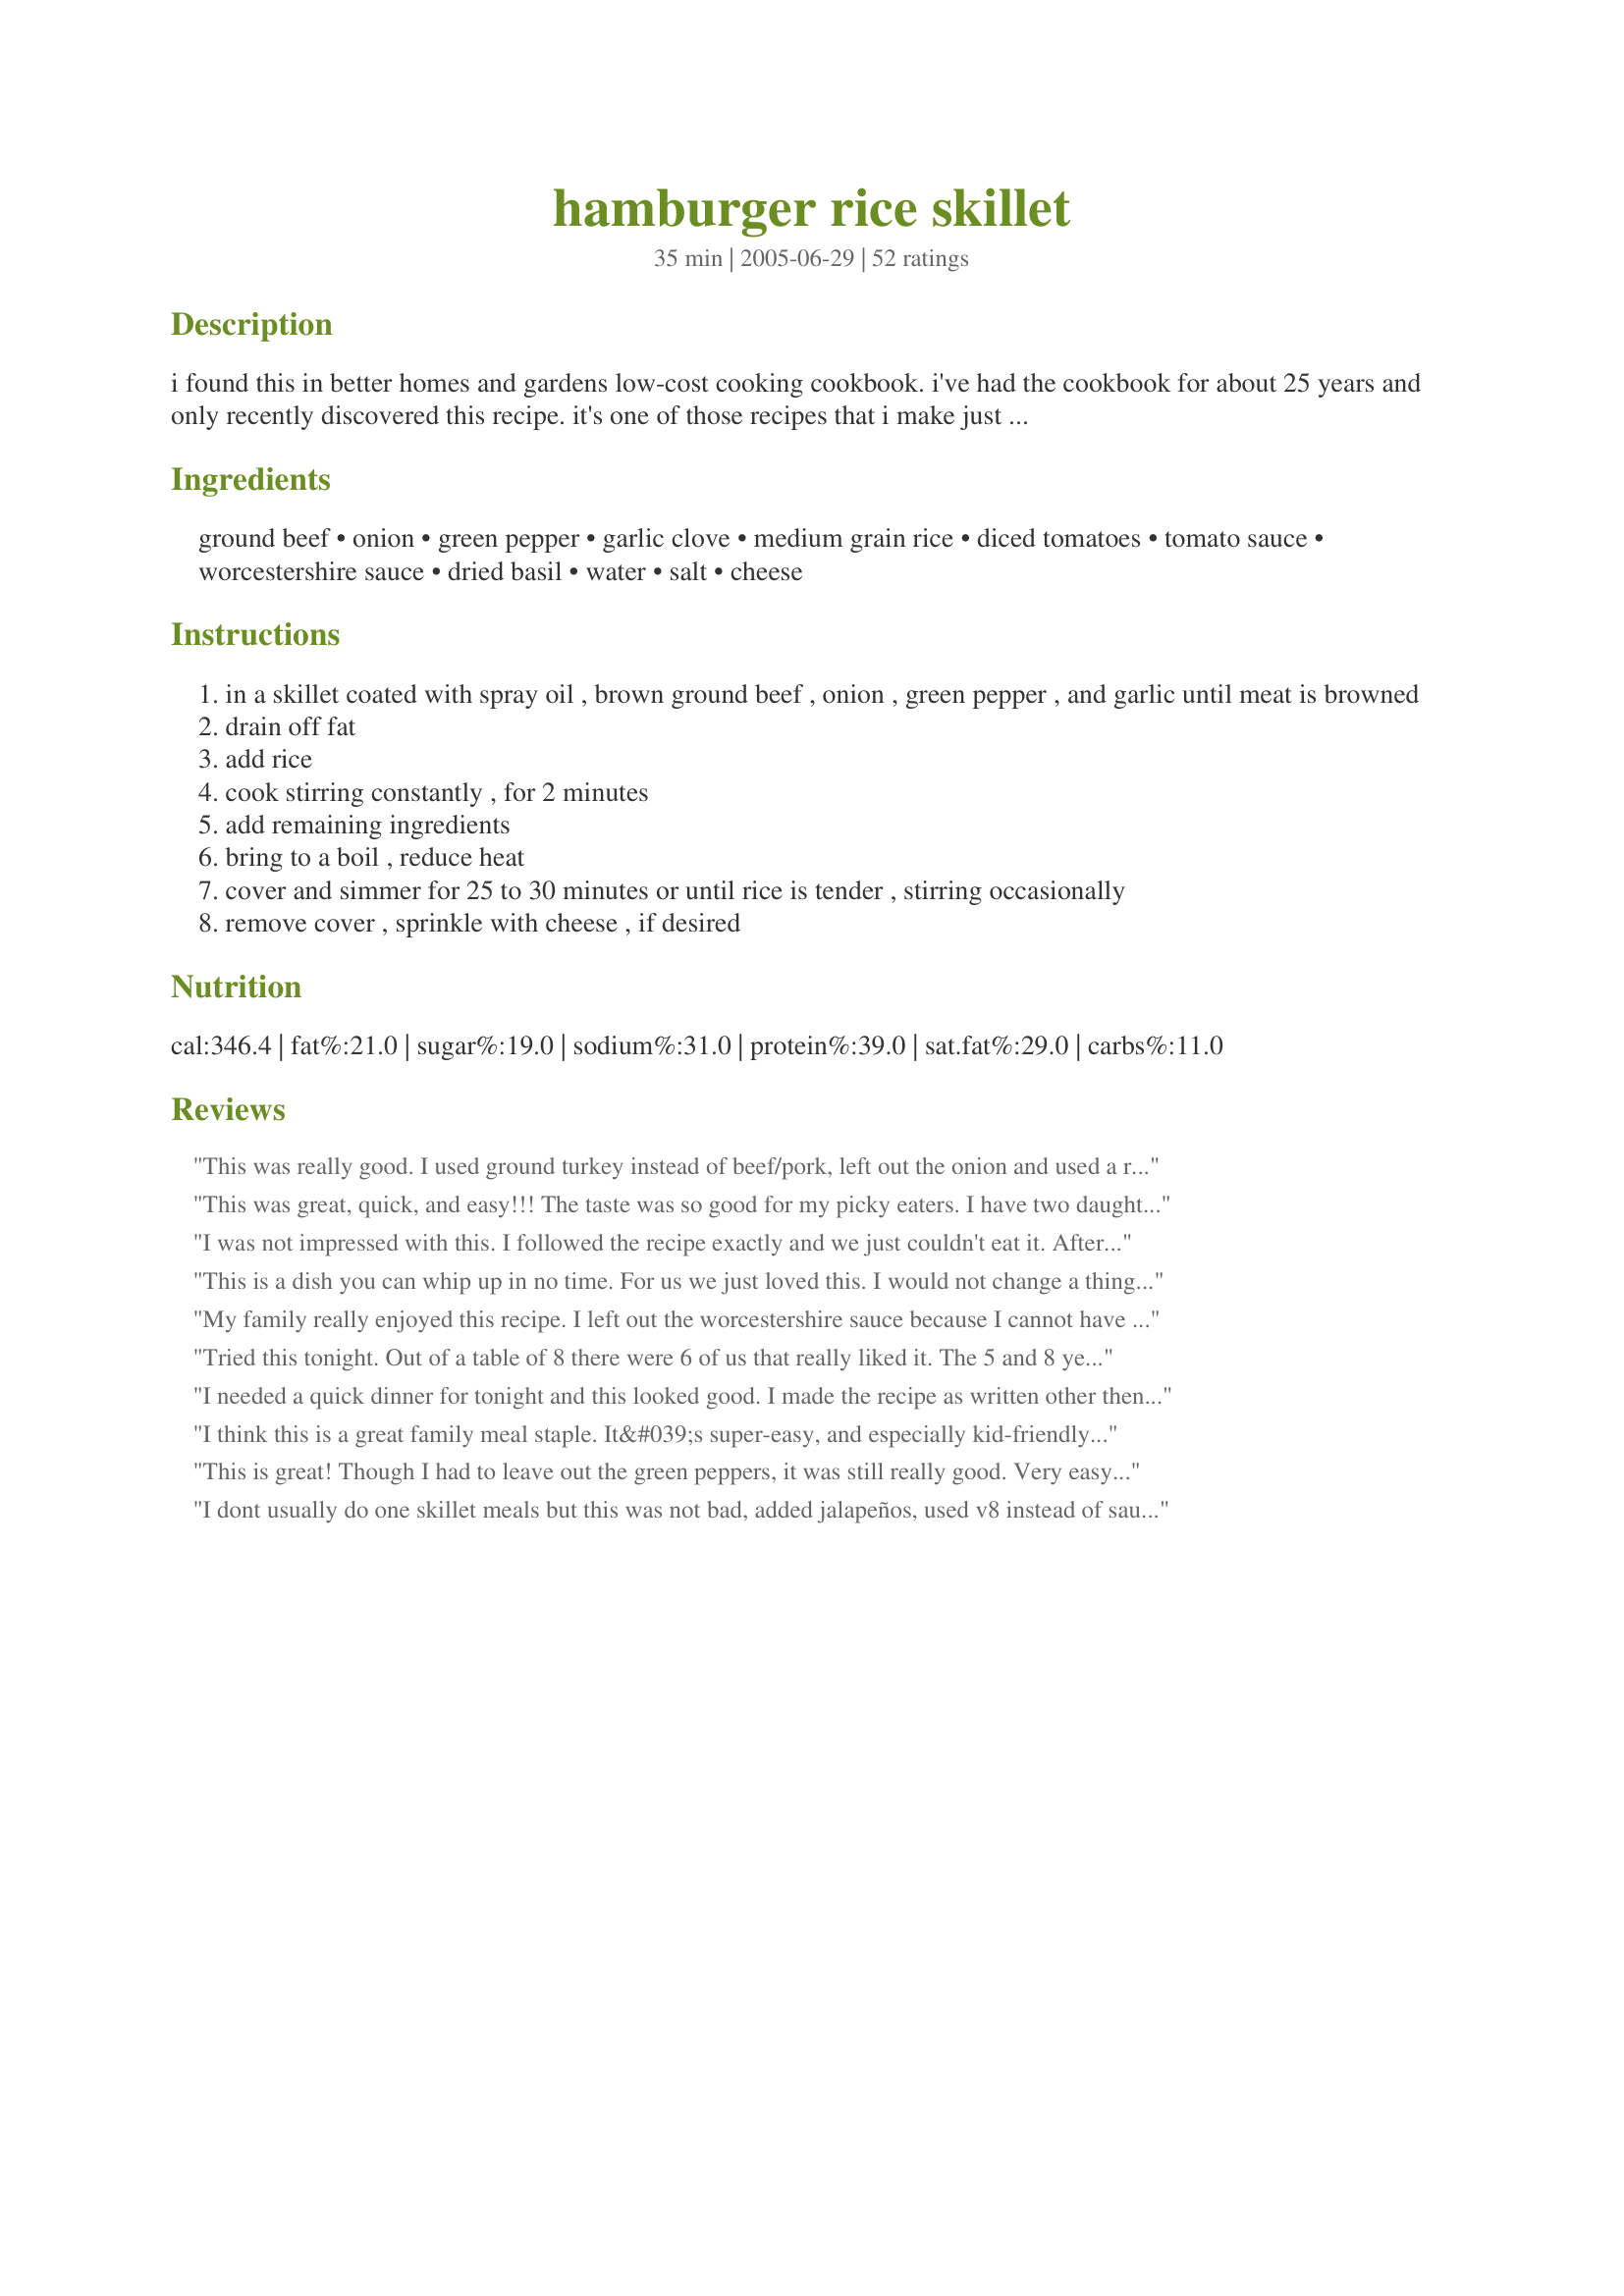
hamburger rice skillet
Preparation time: 35 minutes

i found this in better homes and gardens low-cost cooking cookbook. i've had the cookbook for about 25 years and only recently discovered this recipe. it's one of those recipes that i make just about anytime because i always have the ingredients on hand and my family (especially my youngest son) loves it!

Ingredients:
ground beef, onion, green pepper, garlic clove, medium grain rice, diced tomatoes, tomato sauce, worcestershire sauce, dried basil, water, salt, cheese

Steps:
in a skillet coated with spray oil , brown ground beef , onion , green pepper , and garlic until meat is browned
drain off fat
add rice
cook stirring constantly , for 2 minutes
add remaining ingredients
bring to a boil , reduce heat
cover and simmer for 25 to 30 minutes or until rice is tender , stirring occasionally
remove cover , sprinkle with cheese , if desired

Reviews:
This was really good. I used ground turkey instead of beef/pork, left out the onion and used a red instead of a green pepper. I also added some carrots and broccoli. It was so easy to make and my boyfriend really liked it, which is no mean feat! I did think that it needed more flavour at the end, so I added a chicken boullion cube and some soy sauce, but I still think it needed a bit more depth to the flavour. However, this may have been because I used the turkey mince. I am definately going to try this again.
This was great, quick, and easy!!! The taste was so good for my picky eaters. I have two daughters who are 17 and 14 years old and they were amazed how well this turned out. My 8 and 2 year old sons were equally impressed. My husband and myself were excited and pleased with the dish. He was so grateful that I found this website by accident. This site has the most wonderful recipes. Thanks for a new family dish. I used red bell peppers instead of green, I just wanted to add color.
I was not impressed with this. I followed the recipe exactly and we just couldn't eat it. After all the good reviews I was disappointed. We ended up throwing it away. Sorry!
This is a dish you can whip up in no time. For us we just loved this. I would not change a thing. Thanks for posting this dish for us to try.
My family really enjoyed this recipe. I left out the worcestershire sauce because I cannot have anything with Gluten in it and we do not eat anything with Corn Syrup.
This was very tasty. We added a bit more salt to it at the table, but otherwise it was a great dish. Much better than Rice a roni or Hamburger Helper!!
Tried this tonight. Out of a table of 8 there were 6 of us that really liked it. The 5 and 8 year old are frustratingly picky so no surprise there. The surprise was that I liked it as much as I did. I chose to take even more of a short cut and used a 26oz jar of chunky garden spaghetti sauce instead of the other tomatoe cans. Also used minced dehydrated onions rehydrated to a1/2cup, and about a1/2 of a green pepper finely chopped. Thanks for this quick and easy alternative to Helper dinner which I detest. Really Good.
I needed a quick dinner for tonight and this looked good. I made the recipe as written other then I diced my onions up and used beef broth instead of water for a better flavor. I also only added 1/2 teaspoon of salt as one teaspoon seemed like a lot to me. I used brown minute rice as that is all I buy. I topped with cheddar cheese and served. This was a quick and easy dinner to make.
I think this is a great family meal staple. It&#039;s super-easy, and especially kid-friendly. I thought the flavor was extremely pleasing, although not really &quot;gourmet.&quot; It&#039;s more like comfort food. I felt SOOO good eating it. Some things that I think add extra flavor are: most people when they &quot;brown&quot; hamburger meat, really, they kinda steam it instead, because there&#039;s a bit of moisture in hamburger, perhaps especially if it was previously frozen. This would make for a bland product, I think. I used fresh hamburger, dried it well before putting in the skillet, and I cooked it on high, so that I could truly get a &quot;browning.&quot; Then I carmelized the onions, and added lots of extra garlic (maybe 5-6 cloves). I also used red pepper because we don&#039;t care for green. And of course, fresh ingredients are the bomb. I used home-canned tomatoes--yum!
This is great! Though I had to leave out the green peppers, it was still really good. Very easy to throw together and a good comfort food meal. Thanks!
I dont usually do one skillet meals but this was not bad, added jalapeños, used v8 instead of sauce and added extra sharp cheddar at the end. Hubby had a second helping and Miss Vicky woofed for some so it must be good :)
This one was quick and easy, which is what I was looking for. I used 1 1/2 cups of cooked rice I had left over (and omitted the water), so it went even faster. I used 1/2 cup of frozen chopped bell peppers and 1/2 cup of frozen chopped onions. It didn't look that appetizing to the kids initially (one is very finicky) so I let them scoop the casserole up with Fritos Scoops or roll it up in flour tortillas. We also added a bit of sour cream on top to enhance the flavor and some ground red pepper for those who like it a bit spicy. With a little modification, this one turned into something everyone enjoyed.
This was just OK for me, but I plan on making it again. My favorite part is that are almost NO dishes to wash! And I had everything on hand. And the kids liked it. I added a pinch of sugar and some more salt. Thanks for a new semi-regular!
I've made a variation of this for years, but instead of rice, I put uncooked elbow macaroni in,along with an undrained can of corn and some chili powder.(not enough to make it taste like chili). After everything is cooked, top with the cheese and cover until the cheese is slightly melted. Yummy.
This was really bland to me. The men in my life liked it and it made good leftovers for them, but I didn't care for it. I even added some italian sausage and italian seasoning, but it didn't seem to help much. My 2 year old did like it and ate quite a bit of it.
Good... easy prep and clean up, but no wow factor. Will make again with corn though.
Very good - a kid pleaser at my house and very easy to throw together. Perfect for a week night meal. I used ground turkey instead of hamburger and increased the garlic from 1 clove to 3. It needs a little more zip for our tastes, so next time I'll try Rotel tomatoes.
Delicious ! I used diced tomatoes with chipotles and Italian Seasoning instead of just the basil. I think I used more than the 1t of worcestershire, didn't measure, really. In the bowl, I added mexican blend cheese and a spoonful of sour cream. Very easy to make and lots of room for variations. YUM-O !!
This was really yummy. A very nice weekday meal. Easy to prepare and a great change for ground beef. I totally forgot to add the cheese at the end and it was still good. Will definately make again (with cheese this time). Thanks for posting.
This was very good, the only reason I'm not giving 5 stars is my DH wasn't real enthusiastic about it and my DS didn't like it because of the onions. I did use chopped onions and only had a few rings. I didn't use green pepper as said DS wouldn't have liked it and I didn't have any. I will probably make this again because I usually have everything on hand. Thanks for the recipe!
We enjoyed this easy meal. I always have trouble with the rice cooking in these things so next time I think I'll use cooked rice like another reviewer. I'll be making this again. Thanks for posting.
This was absolutely FANTASTIC. Everyone in the family loved it. My teenager ate the leftovers for lunch two days in a row. This will be a staple in my meal time arsenal. Thanks for sharing this recipe.
This was great, all of my family loved it! I used a spaghetti sauce instead of tomato sauce, since that is what I had on hand. I also used chicken broth instead of water. So flavorful and yummy and simple! I will definitely be making this again! :-)
OK it more like spaghetti but it good thanks!
I used brown rice in place of white and used Monterey Jack cheese and it was so good. My grandchildren even ate it! Tony
I have this Better Homes cookbook and used to make this quite often. Thanks for reminding me of it! Using broth instead of water and a bit of red pepper flakes makes this a good dish!
This was a great last minute meal made with things you have on hand. I found I had to add more water to get the rice where it should be. Thanks for the recipe! My husband and his friend fought over the last of it!
Bland!

Tasted like a near tasteless stuffed bell pepper that was put in a blender. We didn't care for this at all.
This recipe is great!! I have one like this recipe. However I think that your recipe is much better tasting than mine. I had everything on hand and whipped it up in a matter mintues. I did not change one thing. Thank You for sharing. Hugs
This was good and everyone enjoyed it. We didn't really find it bland. I used mozzarella cheese. The cans of diced tomatoes are 14.5 oz now but it didn't seem to make a difference. I would not try to make this serve 6 as a one-dish meal, however. It can comfortably serve 4.
DH was home today while I worked. He found this recipe on the internet and had it waiting for me when I got home. Wow, did it hit the spot for all of us. We didn't have bell pepper but it tasted great without. He, or I, will definitely make this again. Thanks.
We enjoyed this a lot. Simple, hearty and flavorful...not to mention a hit with teenagers. What more could one ask for?! This was perfect on a cold night with crusty bread and a salad. Brought the skillet right to the table. Will make again!
We really enjoyed this - It was hearty and filling and had loads of flavour. I loved how I could just put everything in one pan and just stir it! I did add a little more Worcestershire sauce, but that&#039;s because we love it, apart from that I made it as the recipe stated and we&#039;ll definitely make this again.
Delicious and easy! Substituted diced carrots for bell pepper and added some beef broth, red wine, ground black pepper, and red hot. I sauteed the onion and carrots for a bit before adding the beef. Thanks for posting...we&#039;ll make it again soon.
This was very good. I made it for Memorial Day church picnic changing it for 12 servings. For our personal tastes, I would adjust the seasoning for more flavor, but there wasn't much leftover at the picnic!
I used mushrooms and a little oregano ..followed the recipe after that..Really good
this was delicious n easy my kids loved it!
I have made this recipe many times now. My entire family, encluding a 3 and 5 year old love it. I don't always have the green pepper on hand, but it's great with or without it.
Just excellent.

Instead of tomatoes/sauce I used a jar of Ragu. I also added 1 tsp each of basil, thyme, and oregano. Added extra garlic, too.

Wonderful dish my whole family enjoyed.
Hit with entire family. Even the fussy ones. My healthy eater only ate a little but liked it. I browned the meat a bit first then added peppers, onions and garlic and continued on with recipe as listed.
Loved this recipe:) Was looking for something easy after a very busy day at work. Loved that everything went into one pan and clean up was a breeze. We loved the flavor of this dish. Very, very tasty. Will definitely be making this again. So glad you found this recipe LARavenscroft.
I tried this out a couple of weeks ago, and have made it several times since. It's tasty and filling, and so easy to make! Especially handy because I get home from work late, and don't want to take too much time to cook dinner.
Great meal for those busy times when something quick and easy is needed. I used ground turkey and added the cheese right before serving. Very tasty, will be making this again soon. Thank you LARavenscroft for posting this recipe.
I used Muir Glen Fire Roasted tomatoes in this. They added a great smoky flavor. We love this recipe.
I love this recipe. I only had a large can of ro-tel, so I used that in place of both tomato items. We will for sure make this again. So good.
This was a pretty good starting point for future dinners. I felt, as was, it lacked something. It was a little bland, definitely needed more salt to please me, but I like salt. DH thought it needed either some taco-type or chili-type seasoning and also beans would've been good. I sprinkled generously with parmesan and cheddar (and salt and pepper) to give a little more flavor. Overall, I'll be keeping this recipe and tweaking it for my tastes. Thanks.
This had a lot more flavor than I expected; DH loved the heartiness of this. I diced in mushrooms I needed to use, added extra garlic, and used brown rice. B/c of the brown rice, I needed about a cup more of water and about 20 min more cooking time. This is a great weeknight staple. I paired with a tossed salad and green beans.
This was a grand slam with my family - every member of my family ate it and loved it and went back for seconds!

The one thing I wasn't sure about was whether to use cooked rice or dry rice. Since it said "cook until the rice is tender", I decided it meant dry rice. The rice turned out beautifully.
Added fresh green zucchini and v8, celery for green
I too have Better Homes and Gardens Low-Cost Cooking cookbook, but hadn't noticed it either. Good thing you posted the recipe, otherwise it still would be unnoticed. I don't care for green pepper, so used red and I used beef stock instead of water. Served the cheese at the table.:)
Great, quick dinner. Easy to make and delicious. So good that my husband finished off the supposed left overs. I'll definitely make it again.
The family enjoyed this meal, it was when we were eating I realized I&#039;d left out the hamburger, but didn&#039;t miss it. Quick and easy meal to make on a weeknight. Thank you!
Thank you for a quick, easy, tasty kid-friendly recipe! Even my picky dh liked it! Definitely a keeper for my hectic household.
